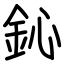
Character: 鈊